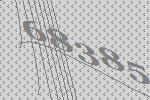
68385